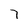
Character: 7